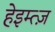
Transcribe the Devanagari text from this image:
हेइम्त्ज़